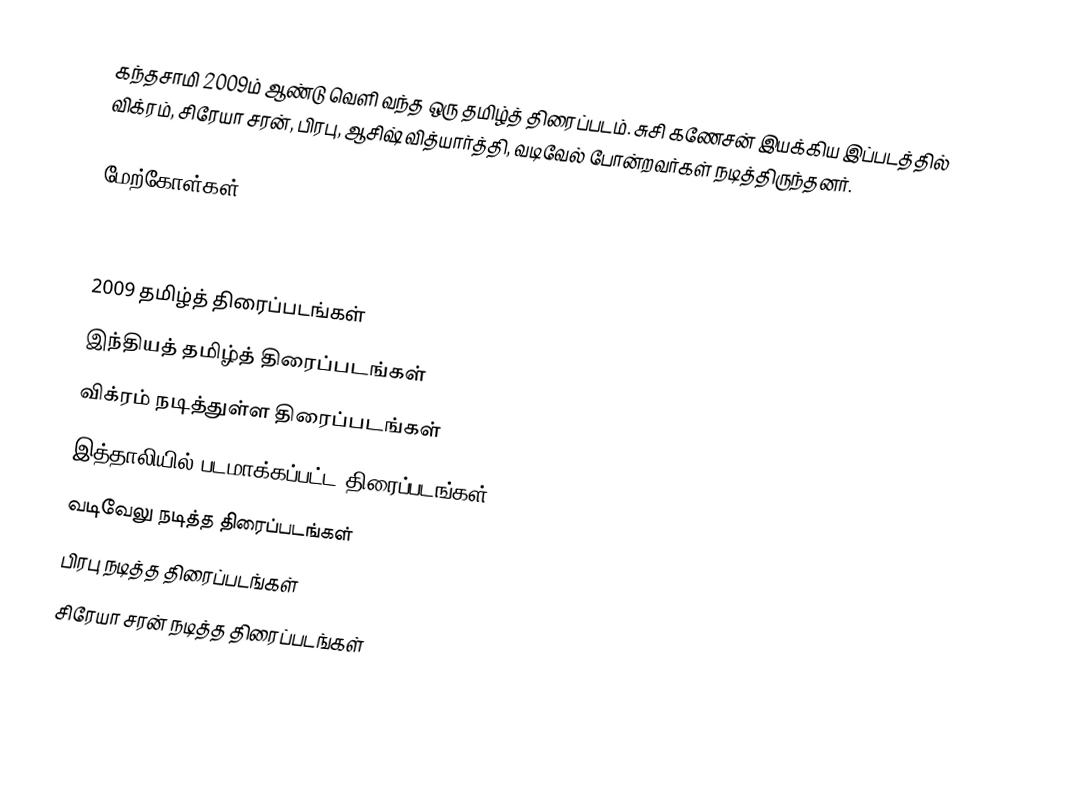
கந்தசாமி  2009ம் ஆண்டு வெளி வந்த ஒரு தமிழ்த் திரைப்படம். சுசி கணேசன் இயக்கிய இப்படத்தில் விக்ரம், சிரேயா சரன், பிரபு, ஆசிஷ் வித்யார்த்தி, வடிவேல் போன்றவர்கள் நடித்திருந்தனர்.

மேற்கோள்கள்

2009 தமிழ்த் திரைப்படங்கள்
இந்தியத் தமிழ்த் திரைப்படங்கள்
விக்ரம் நடித்துள்ள திரைப்படங்கள்
இத்தாலியில் படமாக்கப்பட்ட திரைப்படங்கள்
வடிவேலு நடித்த திரைப்படங்கள்
பிரபு நடித்த திரைப்படங்கள்
சிரேயா சரன் நடித்த திரைப்படங்கள்